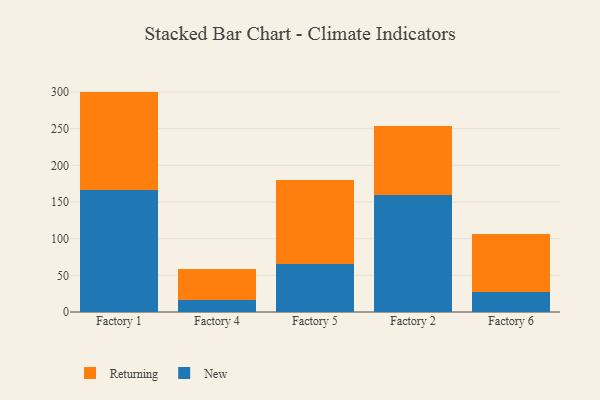
{"axis": {"x": "Factory", "y": "Operating Costs (USD K)"}, "legend": ["New", "Returning"], "data": [{"x": "Factory 1", "y": 165.9, "type": "New"}, {"x": "Factory 1", "y": 134.7, "type": "Returning"}, {"x": "Factory 4", "y": 16.3, "type": "New"}, {"x": "Factory 4", "y": 41.9, "type": "Returning"}, {"x": "Factory 5", "y": 66.1, "type": "New"}, {"x": "Factory 5", "y": 114.1, "type": "Returning"}, {"x": "Factory 2", "y": 159.7, "type": "New"}, {"x": "Factory 2", "y": 94.5, "type": "Returning"}, {"x": "Factory 6", "y": 26.7, "type": "New"}, {"x": "Factory 6", "y": 79.4, "type": "Returning"}]}